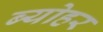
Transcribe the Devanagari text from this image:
ब्योहर